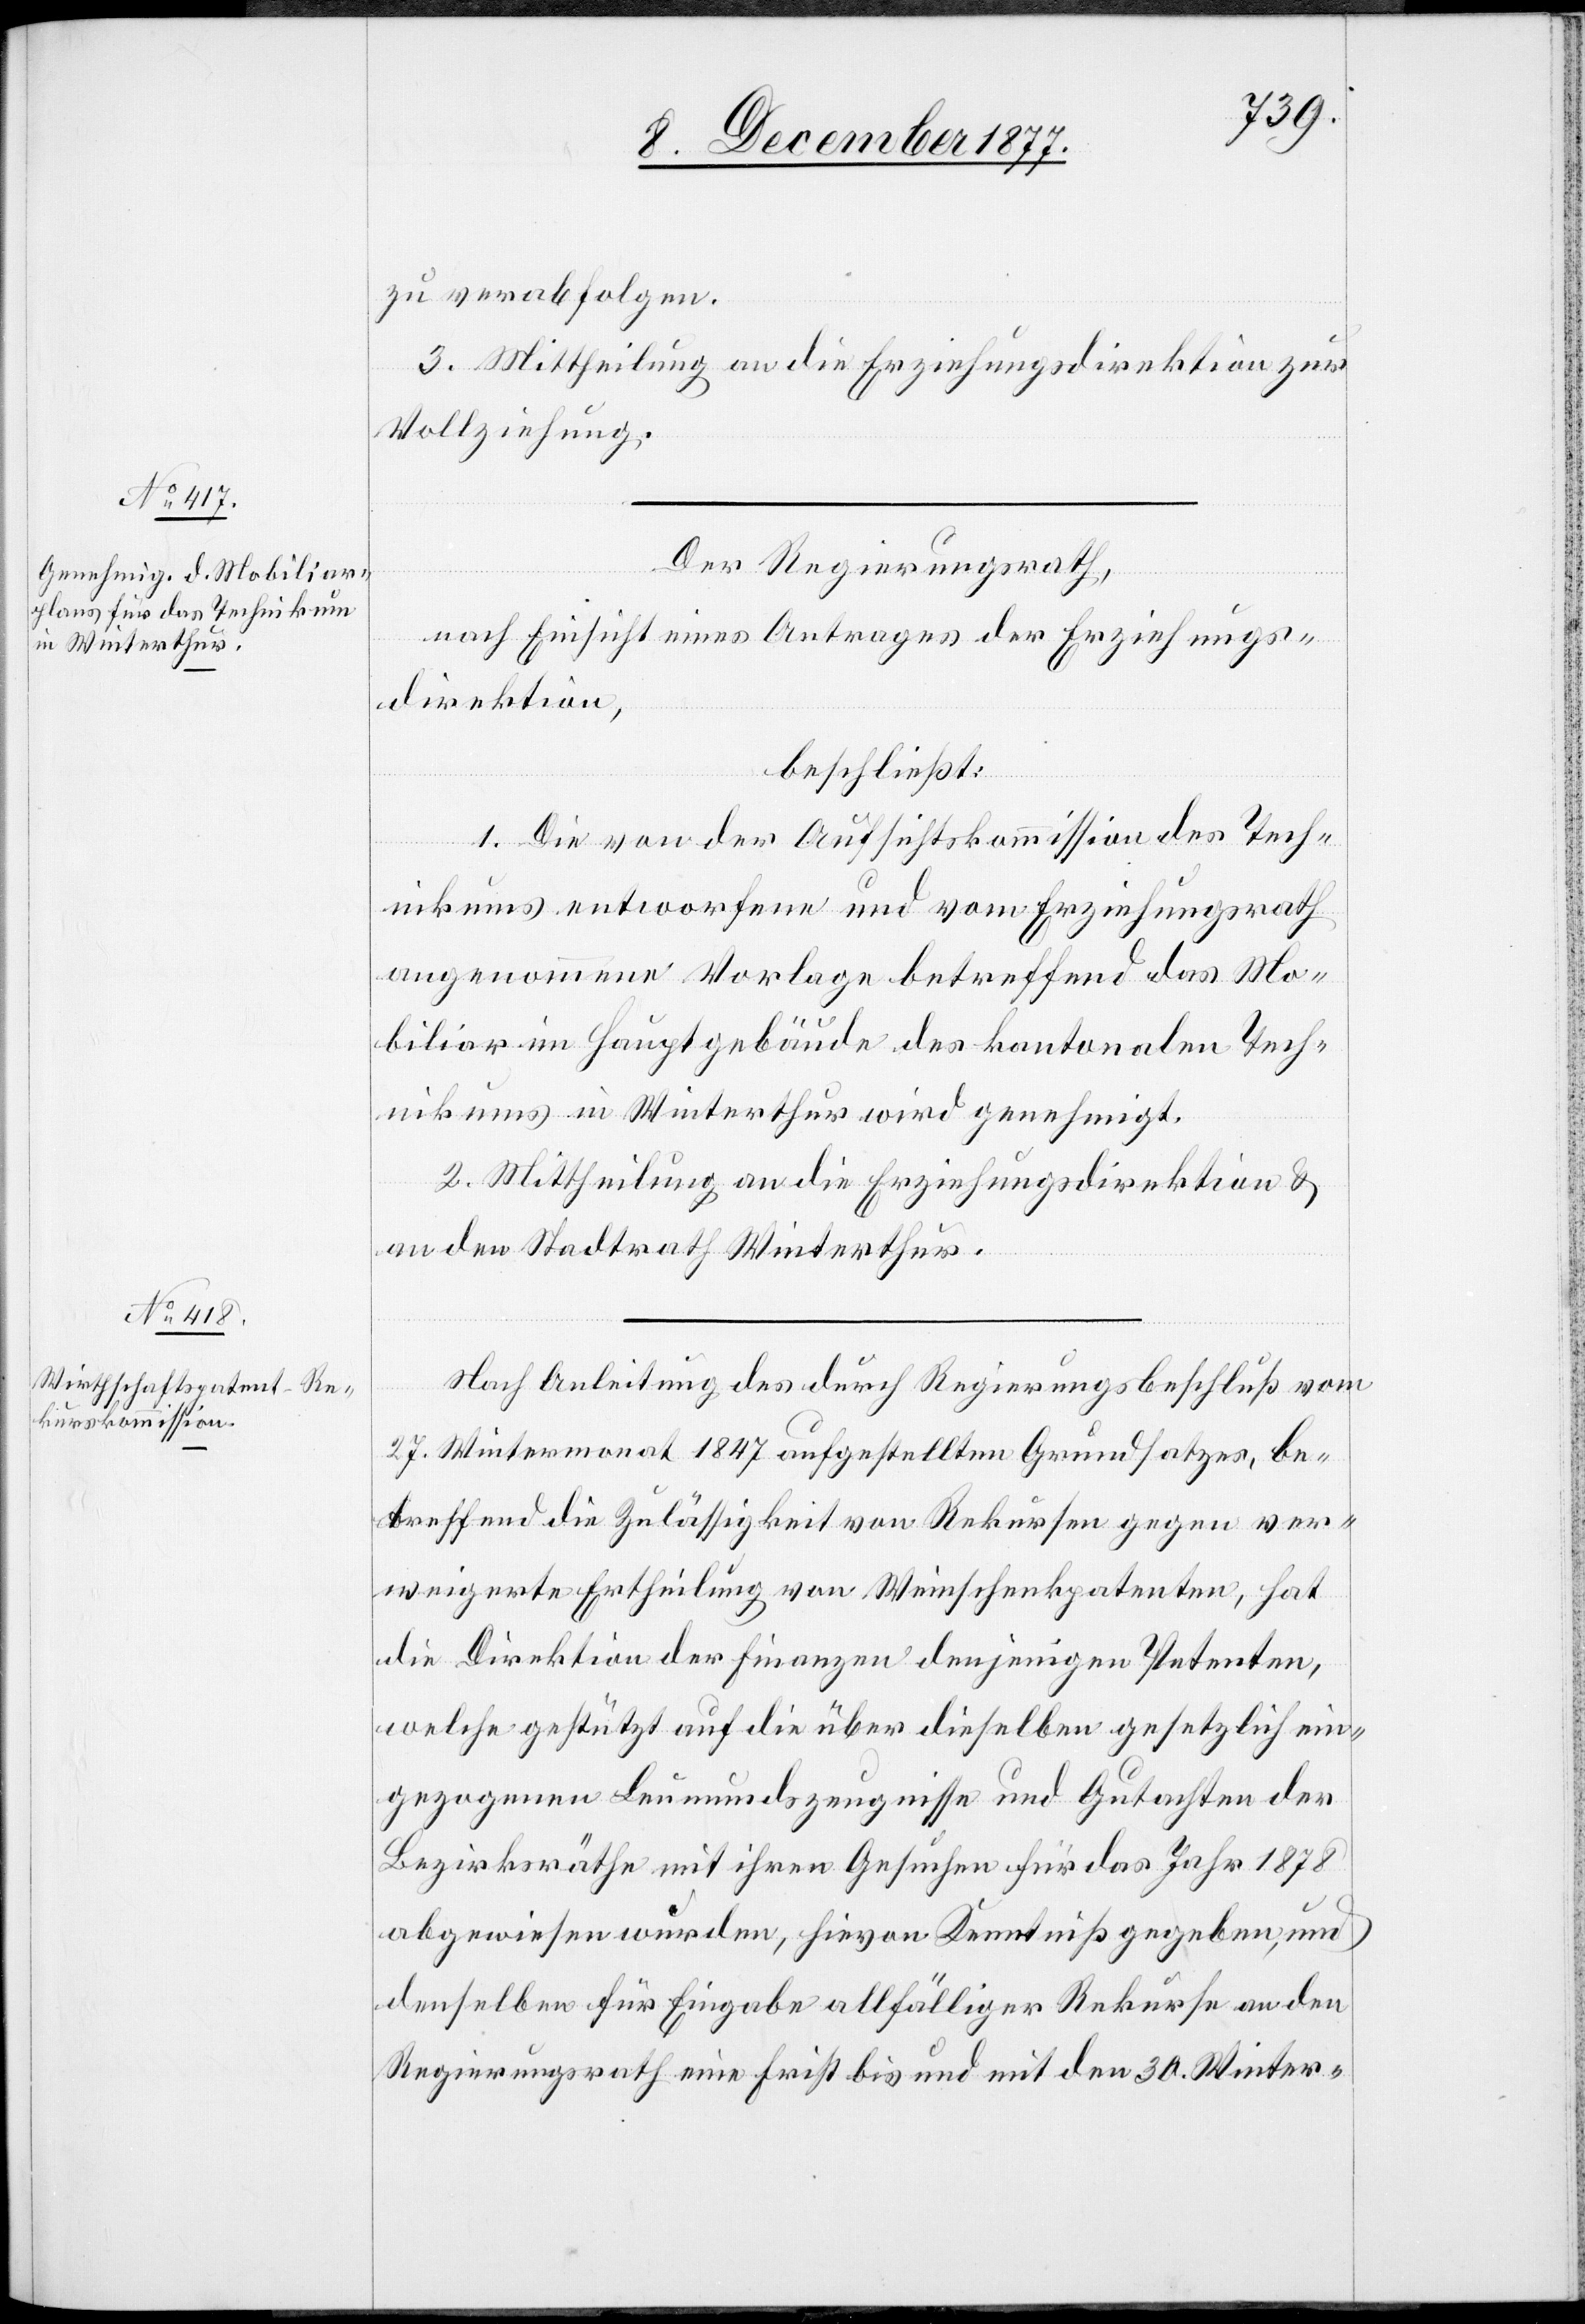
zu verabfolgen.
3. Mittheilung an die Erziehungsdirektion zur
Vollziehung.
Der Regierungsrath,
nach Einsicht eines Antrages der Erziehungs¬
direktion,
beschließt:
1. Die von der Aufsichtskommission des Tech¬
nikums entworfene und vom Erziehungsrath
angenommene Vorlage betreffend das Mo¬
biliar im Hauptgebäude des kantonalen Tech¬
nikums in Winterthur wird genehmigt.
2. Mittheilung an die Erziehungsdirektion &
an den Stadtrath Winterthur.
Nach Anleitung des durch Regierungsbeschluß vom
27. Wintermonat 1847 aufgestellten Grundsatzes, be¬
treffend die Zulässigkeit von Rekursen gegen ver¬
weigerte Ertheilung von Weinschenkpatenten, hat
die Direktion der Finanzen denjenigen Petenten,
welche gestützt auf die über dieselben gesetzlich ein¬
gezogenen Leumundszeugnisse und Gutachten der
Bezirksräthe mit ihren Gesuchen für das Jahr 1878
abgewiesen wurden, hievon Kenntniß gegeben, und
denselben für Eingabe allfälliger Rekurse an den
Regierungsrath eine Frist bis und mit den 30. Winter-